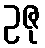
ဥဇု